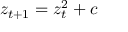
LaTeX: z _ { t + 1 } = z _ { t } ^ { 2 } + c